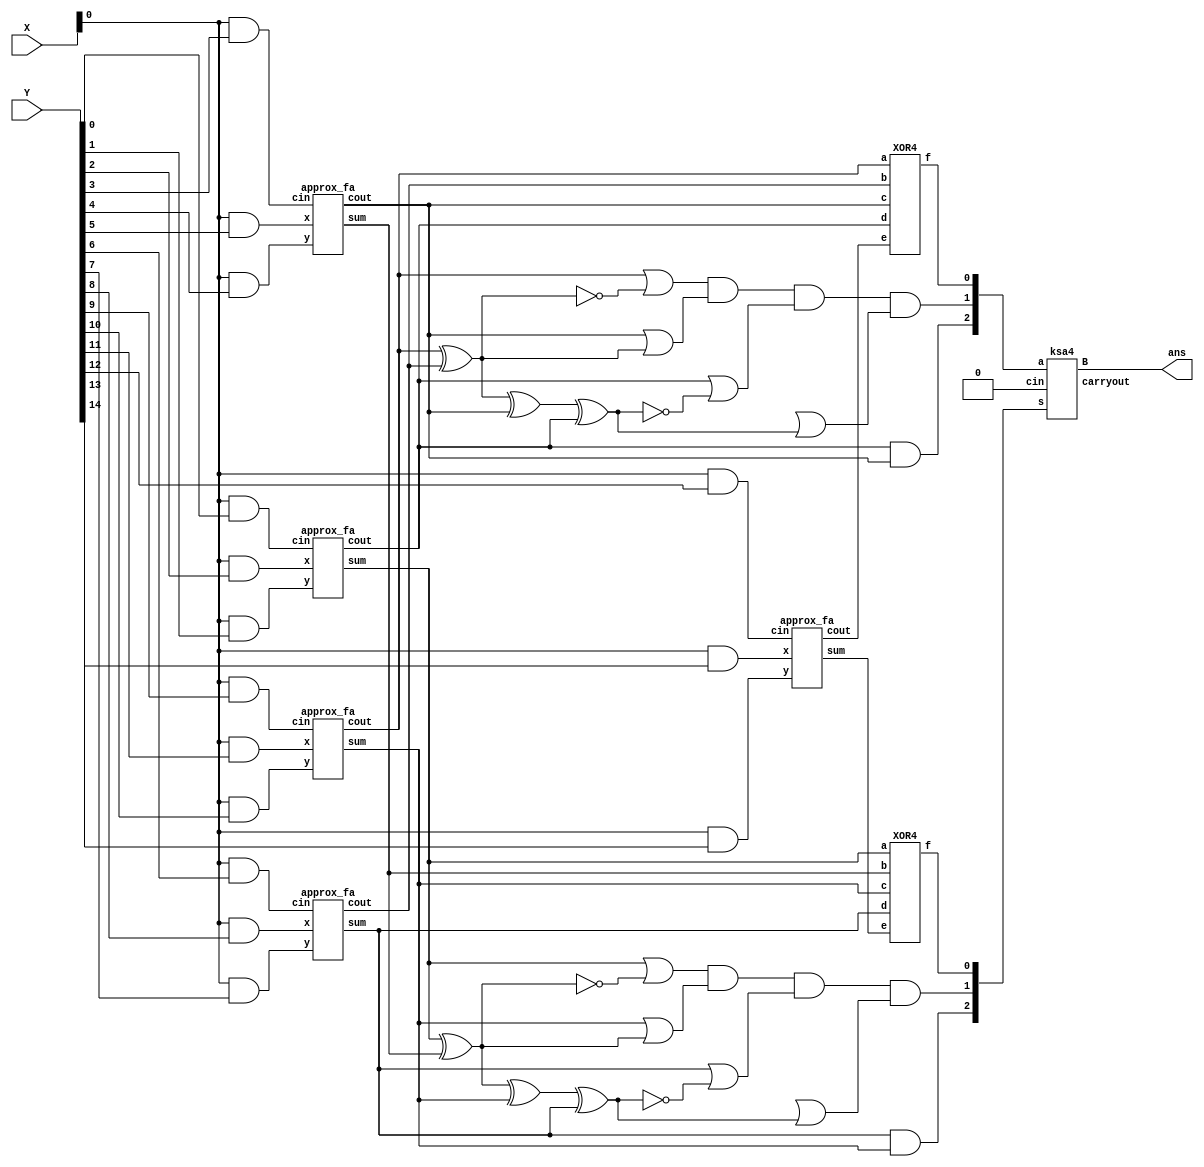
module Wtm(output [3:0] ans,input [15:0] X,Y);
    wire [15:0] p0;
    integer i,j;
    reg p[15:0][15:0] ;

// layer 0 (partial product generation)
    always @(X or Y) //@* begin
    begin
        for (i=0; i<=15; i=i+1)
            for (j=0; j<=15; j=j+1)
                p[j][i] <= X[j] & Y[i];
                //$display("%d",p[j][i]);        
    end

    assign p0 = {p[0][0] , p[0][1], p[0][2] ,p[0][3], p[0][4] ,p[0][5] ,p[0][6],p[0][7] ,p[0][8] ,p[0][9], p[0][10], p[0][11], p[0][12], p[0][13], p[0][14], p[0][15]}; 
    

//(partial product reduction for P0)
// layer 1
    wire [15:0]s0,c0;
    approx_fa ap1(s0[1],c0[4],p[0][2], p[0][1], p[0][0]);
    approx_fa ap2(s0[2],c0[3],p[0][5], p[0][4], p[0][3]);
    approx_fa ap3(s0[4],c0[2],p[0][8], p[0][7], p[0][6]);
    approx_fa ap4(s0[3],c0[1],p[0][11], p[0][10], p[0][9]);
    approx_fa ap5(s0[0],c0[0],p[0][14], p[0][13], p[0][12]);

// layer 2
    wire [2:0]s_0,c_0;
    wire g1,g2,g3,g4;    
    wire h1,h2,h3,h4;

    // generation of s_0
    XOR4 xor1(s_0[0],s0[1],s0[2],s0[3],s0[4],s0[0]);

    assign g1 = (s0[1] | (~(s0[1]^s0[2]) ) );
    assign g2 = (s0[3] |   (s0[1]^s0[2]) );
    assign g3 = (s0[4] | (~(s0[1]^s0[2]^s0[3]^s0[4]) ) );
    assign g4 = (s0[5] | (s0[1]^s0[2]^s0[3]^s0[4] ) );
    assign s_0[1] = g1 & g2 & g3 & g4; 

    and a1(s_0[2],s0[4],s0[3]);

    // generation of c_0
    XOR4 xor2(c_0[0],c0[1],c0[2],c0[3],c0[4],c0[0]);

    assign h1 = (c0[1] | (~(c0[1]^c0[2]) ) );
    assign h2 = (c0[3] |   (c0[1]^c0[2]) );
    assign h3 = (c0[4] | (~(c0[1]^c0[2]^c0[3]^c0[4]) ) );
    assign h4 = (c0[5] | (c0[1]^c0[2]^c0[3]^c0[4] ) );
    assign c_0[1] = h1 & h2 & h3 & h4;

    and a2(c_0[2],c0[4],c0[3]);    

// layer 3
    wire [3:0]B;
    wire carryout;
    wire cin=0;
    ksa4 k1(c_0,s_0,cin,B, carryout); 

    assign ans = B;   

endmodule    


module approx_fa(output sum,cout,input x,y,cin);
    wire s1,c1,c2;
    or o1(s1,x,y);
    xor x1(sum,s1,cin);
    and a1(cout,s1,cin);

endmodule

module XOR4 (output f, input a, input b, input c, input d,input e);
    assign f = a ^ b ^ c ^ d ^ e; // ^ is the XOR operator
endmodule


module ksa4(input [2:0]a,input [2:0]s,input cin,output [3:0]B,output carryout );
    wire [3:0] p,g,cp,cg,ccg,ccp,c;
    //initial processing
    assign p=a^s;
    assign g=a&s;

    //production of carry
    assign cg[0]=(g[0]);
    assign cp[0]=(p[0]);

    assign cg[1]=(p[1]&g[0])|g[1];
    assign cp[1]=(p[1]&p[0]);

    assign cg[2]=(p[2]&g[1])|g[2];
    assign cp[2]=p[2]&p[1];

    assign cg[3]=(p[3]&g[2])|g[3];
    assign cp[3]=p[3]&p[2];

    assign ccg[0]=cg[0];
    assign ccp[0]=cp[0];

    assign ccg[1]=cg[1];
    assign ccp[1]=cp[1];

    assign ccg[2]=(cp[2]&cg[0])|cg[2];
    assign ccp[2]=cp[2]&cp[0];

    assign ccg[3]=(cp[3]&cg[1])|cg[3];
    assign ccp[3]=cp[3]&cp[1];

    //finall processing
    assign c=ccg;
    assign B[0]=p[0]^cin;
    assign B[1]=p[1]^c[0];
    assign B[2]=p[2]^c[1];
    assign B[3]=p[3]^c[2];
    assign carryout=c[3];

endmodule